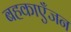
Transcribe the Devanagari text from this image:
बहकाएँजन